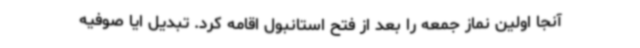
آنجا اولین نماز جمعه را بعد از فتح استانبول اقامه کرد. تبدیل ایا صوفیه